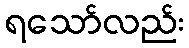
ရသော်လည်း